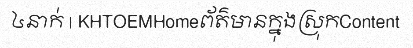
៤នាក់ | KHTOEMHomeព័ត៌មានក្នុងស្រុកContent